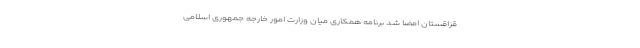
قزاقستان امضا شد برنامه همکاری میان وزارت امور خارجه جمهوری اسلامی